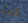
كنت